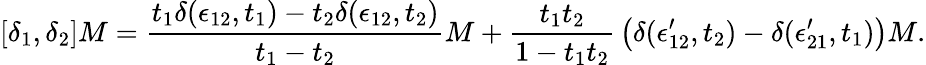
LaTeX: [\delta_{1},\delta_{2}]M={\frac{t_{1}\delta(\epsilon_{12},t_{1})-t_{2}\delta(\epsilon_{12},t_{2})}{t_{1}-t_{2}}}M+{\frac{t_{1}t_{2}}{1-t_{1}t_{2}}}\left(\delta(\epsilon_{12}^{\prime},t_{2})-\delta(\epsilon_{21}^{\prime},t_{1})\right)M.